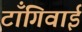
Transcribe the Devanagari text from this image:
टाँगिवाई